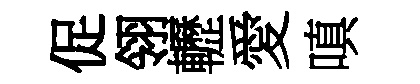
促翎轣愛嗔